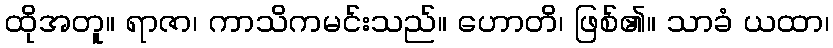
ထိုအတူ။ ရာဇာ၊ ကာသိကမင်းသည်။ ဟောတိ၊ ဖြစ်၏။ သာခံ ယထာ၊